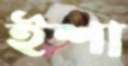
ইশা